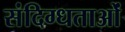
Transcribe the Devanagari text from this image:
संदिग्धताओं